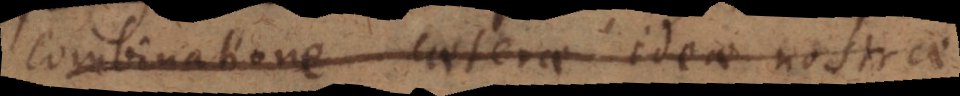
combinatione caeterae ideae nostrae